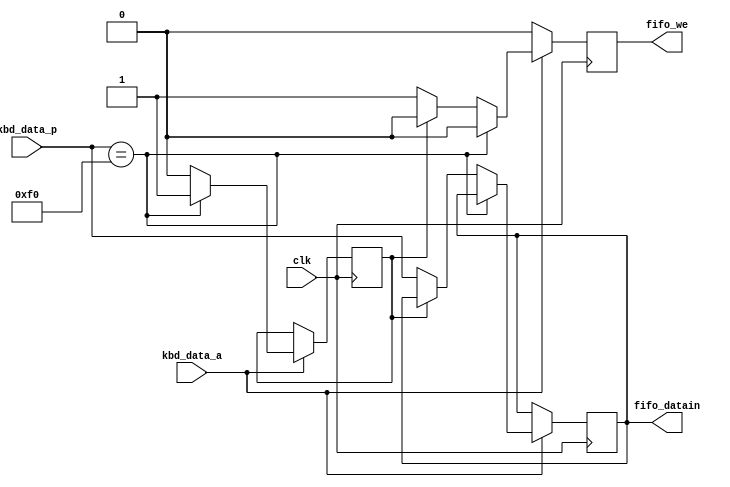
`timescale 1ns / 1ps
//////////////////////////////////////////////////////////////////////////////////
// Company: 
// Engineer: 
// 
// Design Name:    picoVOS
// Module Name:    kbd_f0filter 
// Target Devices: XC3S500E-5FG320 (Spartan3E Starter Kit)
// Tool versions:  ISE 9.1.03i
// Description:    keyboard will send out F0 xx when you release a key on keyboard.
//                 This filter remove these scan codes and stores useful keyboard
//                 scan code into the FIFO.  
//
// Dependencies: 
//
// Revision: 
// Revision 0.01 - File Created
// Additional Comments: 
//
//////////////////////////////////////////////////////////////////////////////////
module kbd_f0filter(clk, kbd_data_p, kbd_data_a, fifo_datain, fifo_we);
    input clk;
    input [7:0] kbd_data_p;
    input kbd_data_a;
    output [7:0] fifo_datain;
    output fifo_we;
    
    reg [7:0] fifo_datain = 8'h00;
    reg fifo_we = 1'b0;
    
    reg filter_status = 1'b0;

   //F0 Filter
   always @(posedge clk)
   begin
      fifo_we <= 1'b0;
      if (kbd_data_a == 1'b1)
         if (kbd_data_p == 8'hF0) begin
            filter_status <= 1'b1;
            
            fifo_datain <= fifo_datain;
         end
         else if (filter_status == 1'b1) begin
            filter_status <= 1'b0;
            fifo_datain <= fifo_datain;
           
         end 
         else begin
            filter_status <= 1'b0;
            fifo_datain <= kbd_data_p;
            fifo_we <= 1'b1;
         end   
   end
endmodule